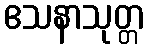
ဧသနာသုတ္တ